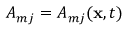
A _ { m j } = A _ { m j } ( \mathbf { x } , t )